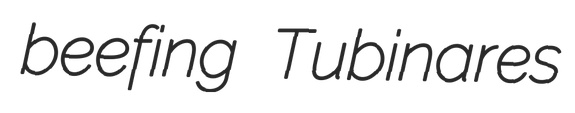
beefing Tubinares